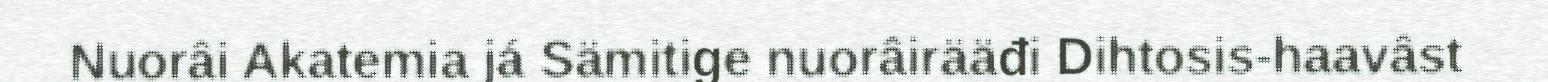
Nuorâi Akatemia já Sämitige nuorâirääđi Dihtosis-haavâst